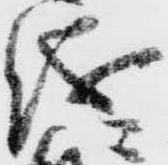
儀